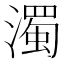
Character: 濁